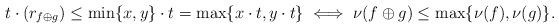
LaTeX: \begin{align*}t\cdot (r_{f \oplus g}) \leq \min\{x,y\}\cdot t=\max\{x\cdot t,y\cdot t\} \iff \nu(f\oplus g) \leq \max \{\nu(f),\nu(g)\}. \end{align*}